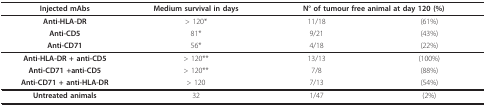
<table><thead><tr><td><b>Injected mAbs</b></td><td><b>Medium survival in days</b></td><td colspan="2"><b>N° of tumour free animal at day 120 (%)</b></td></tr></thead><tbody><tr><td><b>Anti-HLA-DR</b></td><td>&gt; 120*</td><td>11/18</td><td>(61%)</td></tr><tr><td><b>Anti-CD5</b></td><td>81*</td><td>9/21</td><td>(43%)</td></tr><tr><td><b>Anti-CD71</b></td><td>56*</td><td>4/18</td><td>(22%)</td></tr><tr><td><b>Anti-HLA-DR + anti-CD5</b></td><td>&gt; 120**</td><td>13/13</td><td>(100%)</td></tr><tr><td><b>Anti-CD71 +anti-CD5</b></td><td>&gt; 120**</td><td>7/8</td><td>(88%)</td></tr><tr><td><b>Anti-CD71 + anti-HLA-DR</b></td><td>&gt; 120</td><td>7/13</td><td>(54%)</td></tr><tr><td><b>Untreated animals</b></td><td>32</td><td>1/47</td><td>(2%)</td></tr></tbody></table>